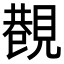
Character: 𧡥